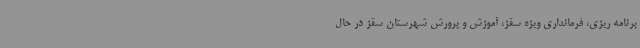
برنامه ریزی، فرمانداری ویژه سقز، آموزش و پرورش شهرستان سقز در حال